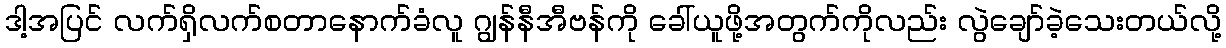
ဒါ့အပြင် လက်ရှိလက်စတာနောက်ခံလူ ဂျွန်နီအီဗန်ကို ခေါ်ယူဖို့အတွက်ကိုလည်း လွဲချော်ခဲ့သေးတယ်လို့